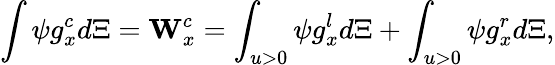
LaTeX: \int{\psi}g_{x}^{c}d\Xi=\mathbf{W}_{x}^{c}=\int_{u>0}{\psi g_{x}^{l}d\Xi}+\int_{u>0}{\psi g_{x}^{r}d\Xi},